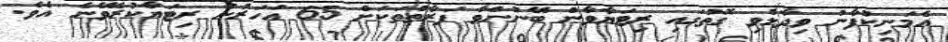
އެމަނިކުފާނު ވިދާޅުވި ގޮތުގައި ރިޓަޔާވާން ބޭނުންވާ ފަރާތްތަކަށް 65 އަހަރުން ރިޓަޔާކުރެވޭނެ އެވެ.